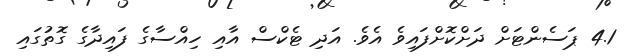
4.1 ޕަސެންޓަށް ދަށްކޮށްފައިވެ އެވެ. އަދި ޓެކްސް އާއި ހިއްސާގެ ފައިދާގެ ގޮތުގައި